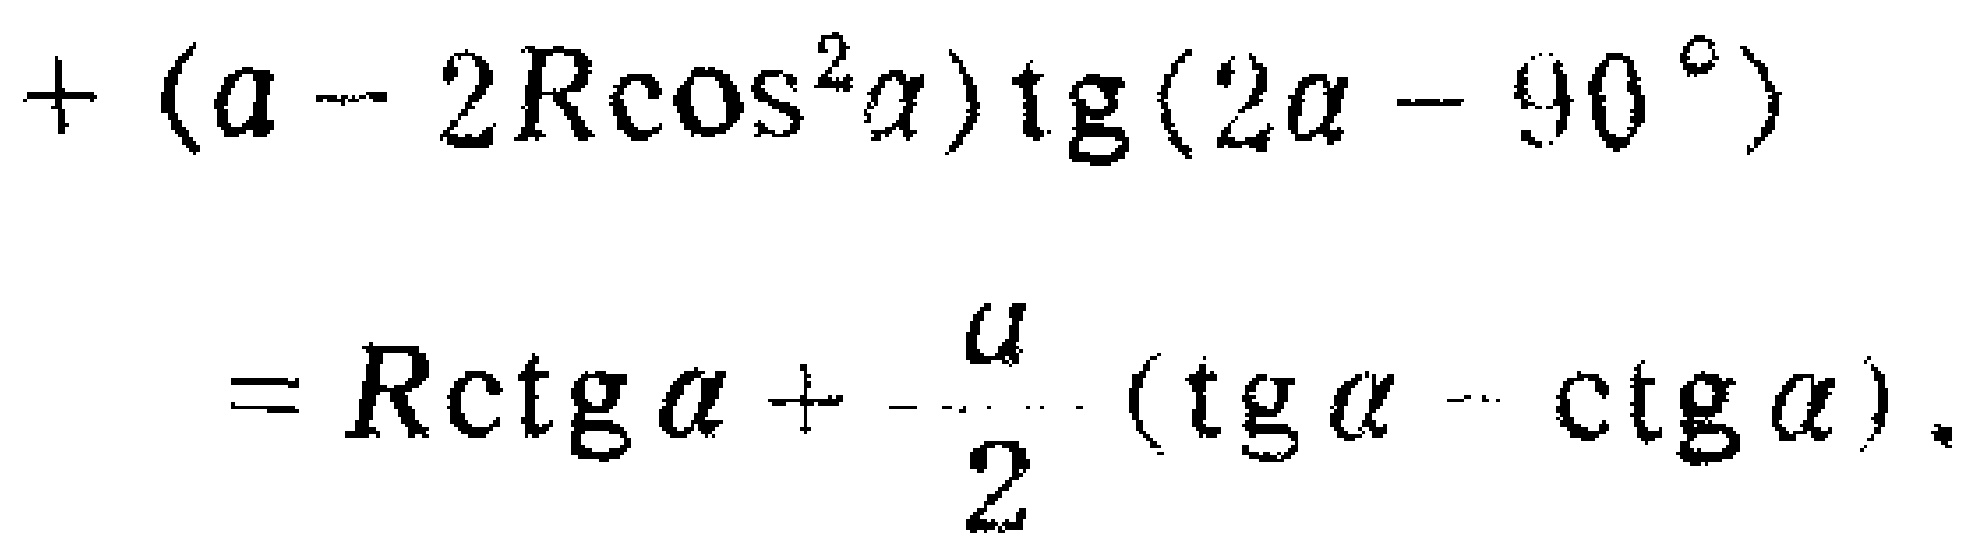
\[
\begin{align*}
&+(a - 2R\cos^{2}\alpha)\tg(2\alpha - 90^{\circ})\\
&=R\ctg\alpha+\frac{a}{2}(\tg\alpha - \ctg\alpha).
\end{align*}
\]